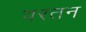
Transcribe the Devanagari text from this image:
वरतन